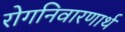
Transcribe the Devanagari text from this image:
रोगनिवारणार्थ